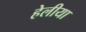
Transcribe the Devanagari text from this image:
हेलीया